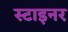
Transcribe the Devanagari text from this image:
स्टाइनर